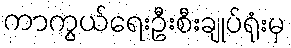
ကာကွယ်ရေးဦးစီးချုပ်ရုံးမှ